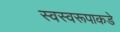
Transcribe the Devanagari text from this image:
स्वस्वरूपाकडे